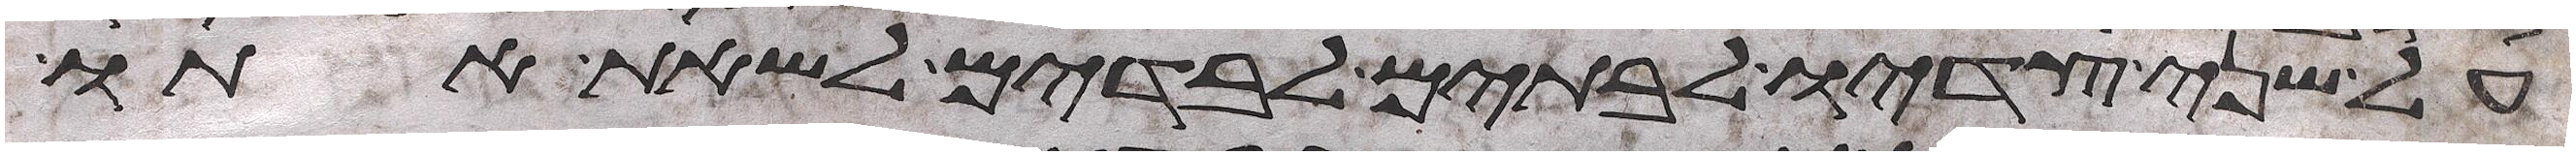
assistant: על שני צדיו לבתים לבדים לשאת אתו